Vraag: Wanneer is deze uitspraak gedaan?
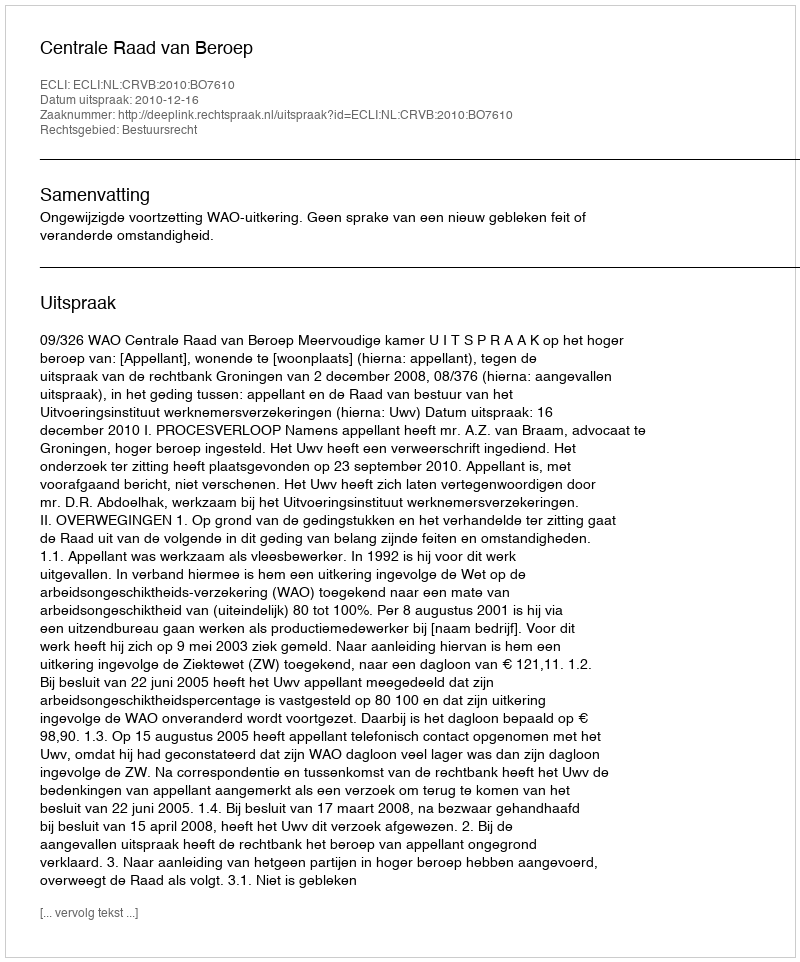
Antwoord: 2010-12-16